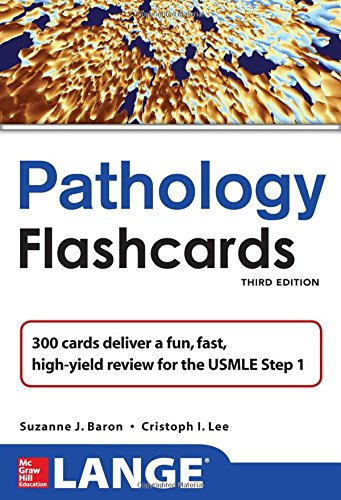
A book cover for Lange Pathology Flash Cards, Third Edition (LANGE FlashCards); Suzanne Baron; Medical Books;